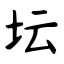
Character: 坛